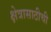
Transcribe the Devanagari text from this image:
क्षेत्रासाठीची